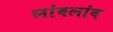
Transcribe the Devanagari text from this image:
लांबलांब